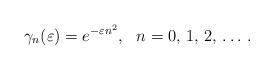
LaTeX: \begin{align*}\gamma_n(\varepsilon)=e^{-\varepsilon{}n^2}, \ \ n=0,\,1,\,2,\,\ldots\,.\end{align*}